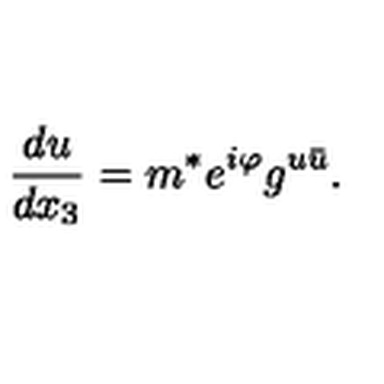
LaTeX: \frac { d u } { d x _ { 3 } } = m ^ { * } e ^ { i \varphi } g ^ { u \bar { u } } .